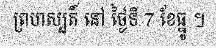
ព្រហស្បតិ៍ នៅ ថ្ងៃទី 7 ខែធ្នូ ។